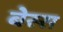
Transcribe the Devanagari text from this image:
बेस्स